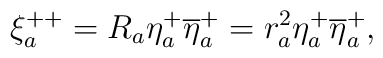
\xi_a^{++}= R_a\eta^+_a \overline{\eta}^+_a=r_a^2\eta^+_a \overline{\eta}^+_a,